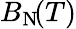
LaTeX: B_{\mathrm{N}}\! (T)